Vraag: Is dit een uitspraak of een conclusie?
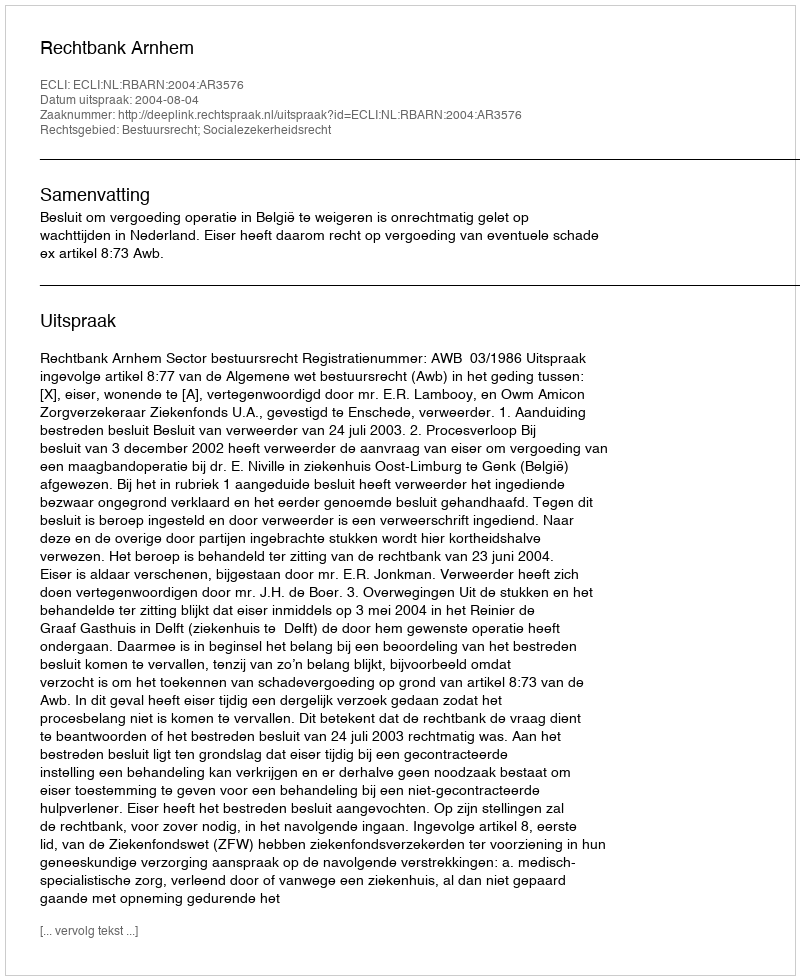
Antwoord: Uitspraak